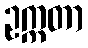
ဥက္ကတာ